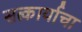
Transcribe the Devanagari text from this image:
सत्कार्याचा